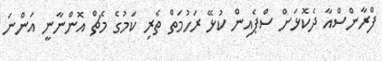
ފްރާންސްއާ ދެކޮޅަށް ސްޕެއިން ކުޅޭ ރަހުމަތް ތެރި ކަމުގެ މެޗް އޮންނާނީ އަންނަ